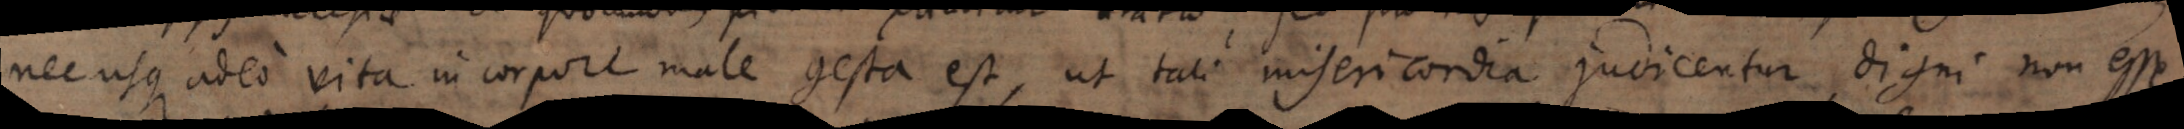
nec usque adeo vita in corpore male gesta est, ut tali misericordia judicentur digni non esse